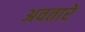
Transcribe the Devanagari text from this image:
अवतारें